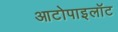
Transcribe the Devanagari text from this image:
आटोपाइलॉट